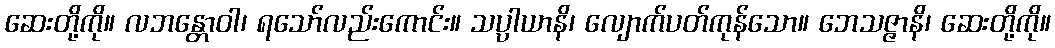
ဆေးတို့ကို။ လဘန္တောဝါ၊ ရသော်လည်းကောင်း။ သပ္ပါယာနိ၊ လျောက်ပတ်ကုန်သော။ ဘေသဇ္ဇာနိ၊ ဆေးတို့ကို။